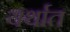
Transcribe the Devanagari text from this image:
यर्थात